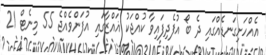
އެއްހަށިގަނޑެއްގައި ދެ ބޯ އުފެދިފައިވާ ކުއްޖަކު ޣައްޒާގައި އުފަންވެއްޖެ 55 މިނެޓް 21